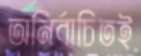
অনির্বাচিতই